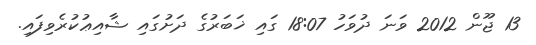
13 ޖޫން 2012 ވަނަ ދުވަހު 18:07 ގައި ޚަބަރުގެ ދަށުގައި ޝާއިޢުކުރެވިފައި.